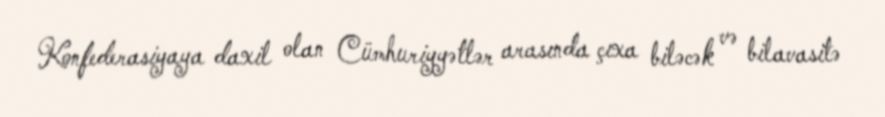
Konfederasiyaya daxil olan Cümhuriyyətlər arasında çıxa biləcək və bilavasitə